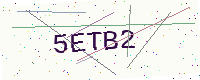
Text: 5ETB2